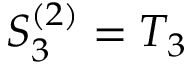
S _ { 3 } ^ { ( 2 ) } = T _ { 3 }